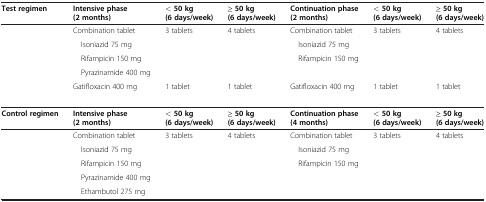
| Test regimen | Intensive phase (2 months) | < 50 kg (6 days/week) | ≥ 50 kg (6 days/week) | Continuation phase (2 months) | < 50 kg (6 days/week) | ≥ 50 kg (6 days/week) |
 | --- | --- | --- | --- | --- | --- | --- |
 |  | Combination tablet | 3 tablets | 4 tablets | Combination tablet | 3 tablets | 4 tablets |
 |  | Isoniazid 75 mg |  |  | Isoniazid 75 mg |  |  |
 |  | Rifampicin 150 mg |  |  | Rifampicin 150 mg |  |  |
 |  | Pyrazinamide 400 mg |  |  |  |  |  |
 |  | Gatifloxacin 400 mg | 1 tablet | 1 tablet | Gatifloxacin 400 mg | 1 tablet | 1 tablet |
 |  |  |  |  |  |  |  |
 | Control regimen | Intensive phase (2 months) | < 50 kg (6 days/week) | ≥ 50 kg (6 days/week) | Continuation phase (4 months) | < 50 kg (6 days/week) | ≥ 50 kg (6 days/week) |
 |  | Combination tablet | 3 tablets | 4 tablets | Combination tablet | 3 tablets | 4 tablets |
 |  | Isoniazid 75 mg |  |  | Isoniazid 75 mg |  |  |
 |  | Rifampicin 150 mg |  |  | Rifampicin 150 mg |  |  |
 |  | Pyrazinamide 400 mg |  |  |  |  |  |
 |  | Ethambutol 275 mg |  |  |  |  |  |